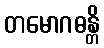
တမောဂဓန္တိ